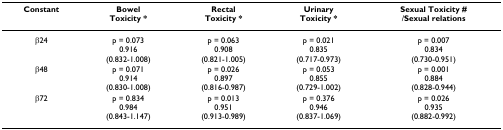
| Constant | BowelToxicity * | RectalToxicity * | UrinaryToxicity * | Sexual Toxicity #/Sexual relations |
 | --- | --- | --- | --- | --- |
 | β24 | p = 0.0730.916(0.832-1.008) | p = 0.0630.908(0.821-1.005) | p = 0.0210.835(0.717-0.973) | p = 0.0070.834(0.730-0.951) |
 | β48 | p = 0.0710.914(0.830-1.008) | p = 0.0260.897(0.816-0.987) | p = 0.0530.855(0.729-1.002) | p = 0.0010.884(0.828-0.944) |
 | β72 | p = 0.8340.984(0.843-1.147) | p = 0.0130.951(0.913-0.989) | p = 0.3760.946(0.837-1.069) | p = 0.0260.935(0.882-0.992) |